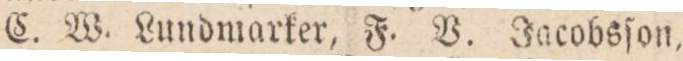
C. W. Lundmarker, F. V. Jacobsſon,